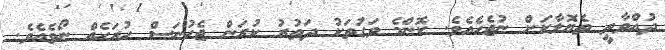
ދުއްވާތީ ތެޔޮލާކަށް ނުޖެހެއެވެ. ކޮންމެ ވަގުތަކު ދަތުރު ކުރަން ޖެހުނަސް ހުރަހެއް ނޯވެއެވެ.